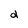
Character: d